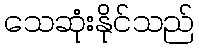
သေဆုံးနိုင်သည်